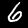
Label: 6